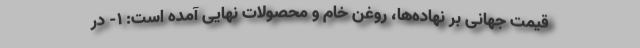
قیمت جهانی بر نهاد‌ه‌ها، روغن خام و محصولات نهایی آمده است: 1- در